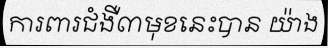
ការពារជំងឺ៣មុខនេះបាន យ៉ាង